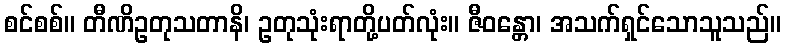
စင်စစ်။ တီဏိဥတုသတာနိ၊ ဥတုသုံးရာတို့ပတ်လုံး။ ဇီဝန္တော၊ အသက်ရှင်သောသူသည်။